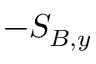
- S _ { B , y }